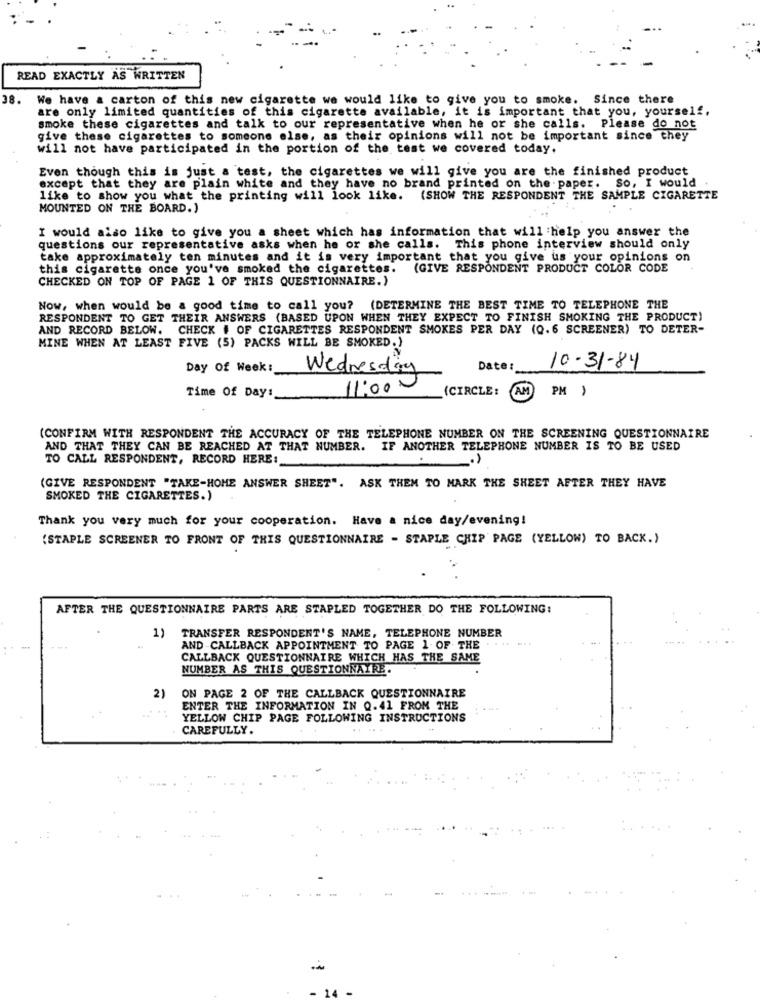
READ EXACTLY AS WRITTEN
38.
We have a carton of this new cigarette we would like to give you to smoke. Since there
are only limited quantities of this cigarette available, it is important that you, yourself,
smoke these cigarettes and talk to our representative when he or she calls. Please do not
give these cigarettes to someone else, as their opinions will not be important since they
will not have participated in the portion of the test we covered today.
Even though this is just a test, the cigarettes we will give you are the finished product
except that they are plain white and they have no brand printed on the paper. So, I would
like to show you what the printing will look like. (SHOW THE RESPONDENT THE SAMPLE CIGARETTE
MOUNTED ON THE BOARD.)
I would also like to give you a sheet which has information that will help you answer the
questions our representative asks when he or she calls. This phone interview should only
take approximately ten minutes and it is very important that you give us your opinions on
this cigarette once you've smoked the cigarettes. (GIVE RESPONDENT PRODUCT COLOR CODE
CHECKED ON TOP OF PAGE 1 OF THIS QUESTIONNAIRE.)
Now, when would be a good time to call you? (DETERMINE THE BEST TIME TO TELEPHONE THE
RESPONDENT TO GET THEIR ANSWERS (BASED UPON WHEN THEY EXPECT TO FINISH SMOKING THE PRODUCT)
AND RECORD BELOW. CHECK # OF CIGARETTES RESPONDENT SMOKES PER DAY (Q.6 SCREENER) TO DETER-
MINE WHEN AT LEAST FIVE (5) PACKS WILL BE SMOKED.)
Day Of Week:
Date:
10-31-84
Wednesday
11:00 -
(CIRCLE :
AM
PM )
Time Of Day:
(CONFIRM WITH RESPONDENT THE ACCURACY OF THE TELEPHONE NUMBER ON THE SCREENING QUESTIONNAIRE
AND THAT THEY CAN BE REACHED AT THAT NUMBER. IF ANOTHER TELEPHONE NUMBER IS TO BE USED
TO CALL RESPONDENT, RECORD HERE:
.)
(GIVE RESPONDENT "TAKE-HOME ANSWER SHEET". ASK THEM TO MARK THE SHEET AFTER THEY HAVE
SMOKED THE CIGARETTES.)
Thank you very much for your cooperation. Have a nice day/evening!
(STAPLE SCREENER TO FRONT OF THIS QUESTIONNAIRE - STAPLE CHIP PAGE (YELLOW) TO BACK.)
AFTER THE QUESTIONNAIRE PARTS ARE STAPLED TOGETHER DO THE FOLLOWING:
1) TRANSFER RESPONDENT'S NAME, TELEPHONE NUMBER
AND -CALLBACK APPOINTMENT TO PAGE 1 OF THE . . .. ...
CALLBACK QUESTIONNAIRE WHICH HAS THE SAME
NUMBER AS THIS QUESTIONNAIRE.
2)
ON PAGE 2 OF THE CALLBACK QUESTIONNAIRE
ENTER THE INFORMATION IN Q.41 FROM THE
YELLOW CHIP PAGE FOLLOWING INSTRUCTIONS
CAREFULLY.